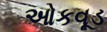
ઓકવૂડ